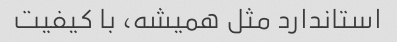
استاندارد مثل همیشه، با کیفیت